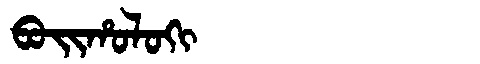
Manchu: ᠪᠣᡳᡥᠣᠯᠣᡴᡳ
Romanization: BOIHOLOKI